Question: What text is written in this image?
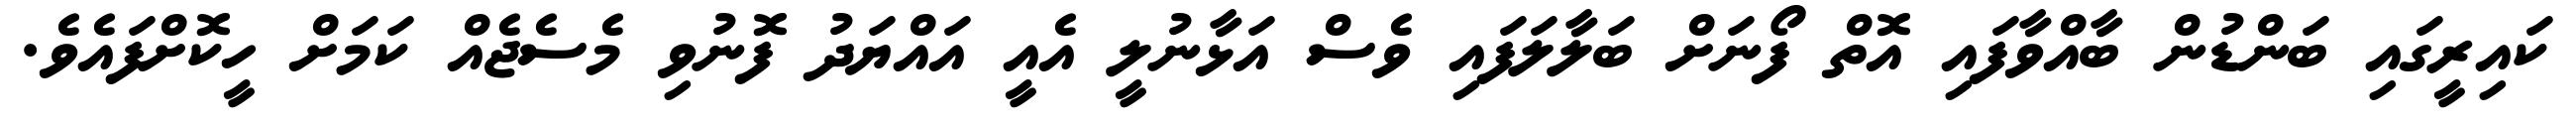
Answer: ކައިރީގައި ބަންޑުން ބާއްވާފައި އޮތް ފޯނަށް ބަލާލަފައި ވެސް އަޅާނުލީ އެއީ އައްޔަދު ފޮނުވި މެސެޖެއް ކަމަށް ހީކޮށްފައެވެ.